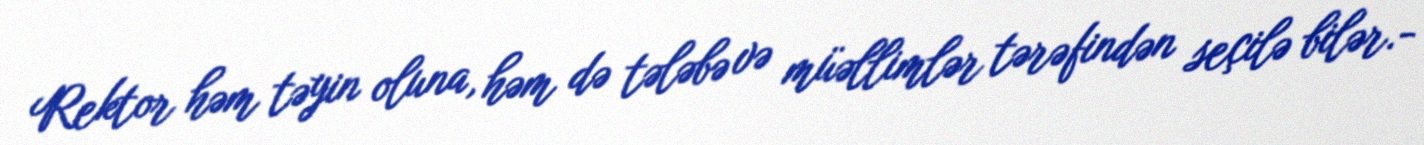
Rektor həm təyin oluna, həm də tələbə və müəllimlər tərəfindən seçilə bilər.-